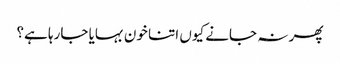
پھر نہ جانے کیوں اتنا خون بہایا جارہا ہے؟